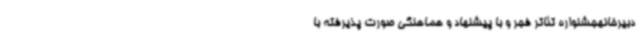
دبیرخانهجشنواره تئاتر فجر و با پیشنهاد و هماهنگی صورت پذیرفته با